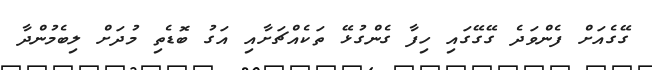
ގޭގެއަށް ފެންވަދެ ގޭގޭގައި ހިފާ ގެންގުޅޭ ތަކެއްޗަށާއި އަގު ބޮޑެތި މުދަށް ލިބެމުންދާ